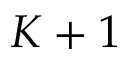
K + 1